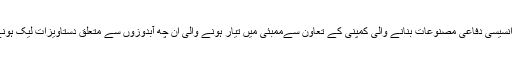
بھارتی وزیر دفاع کے مطابق اس بات کی تحقیق بھی کی جائے گی کہ فرانسیسی دفاعی مصنوعات بنانے والی کمپنی کے تعاون سےممبئی میں تیار ہونے والی ان چھ آبدوزوں سے متعلق دستاویزات لیک ہونے پر پہنچنے والے نقصان سے بھارت کس حد تک سمجھوتا کر سکتا ہے۔